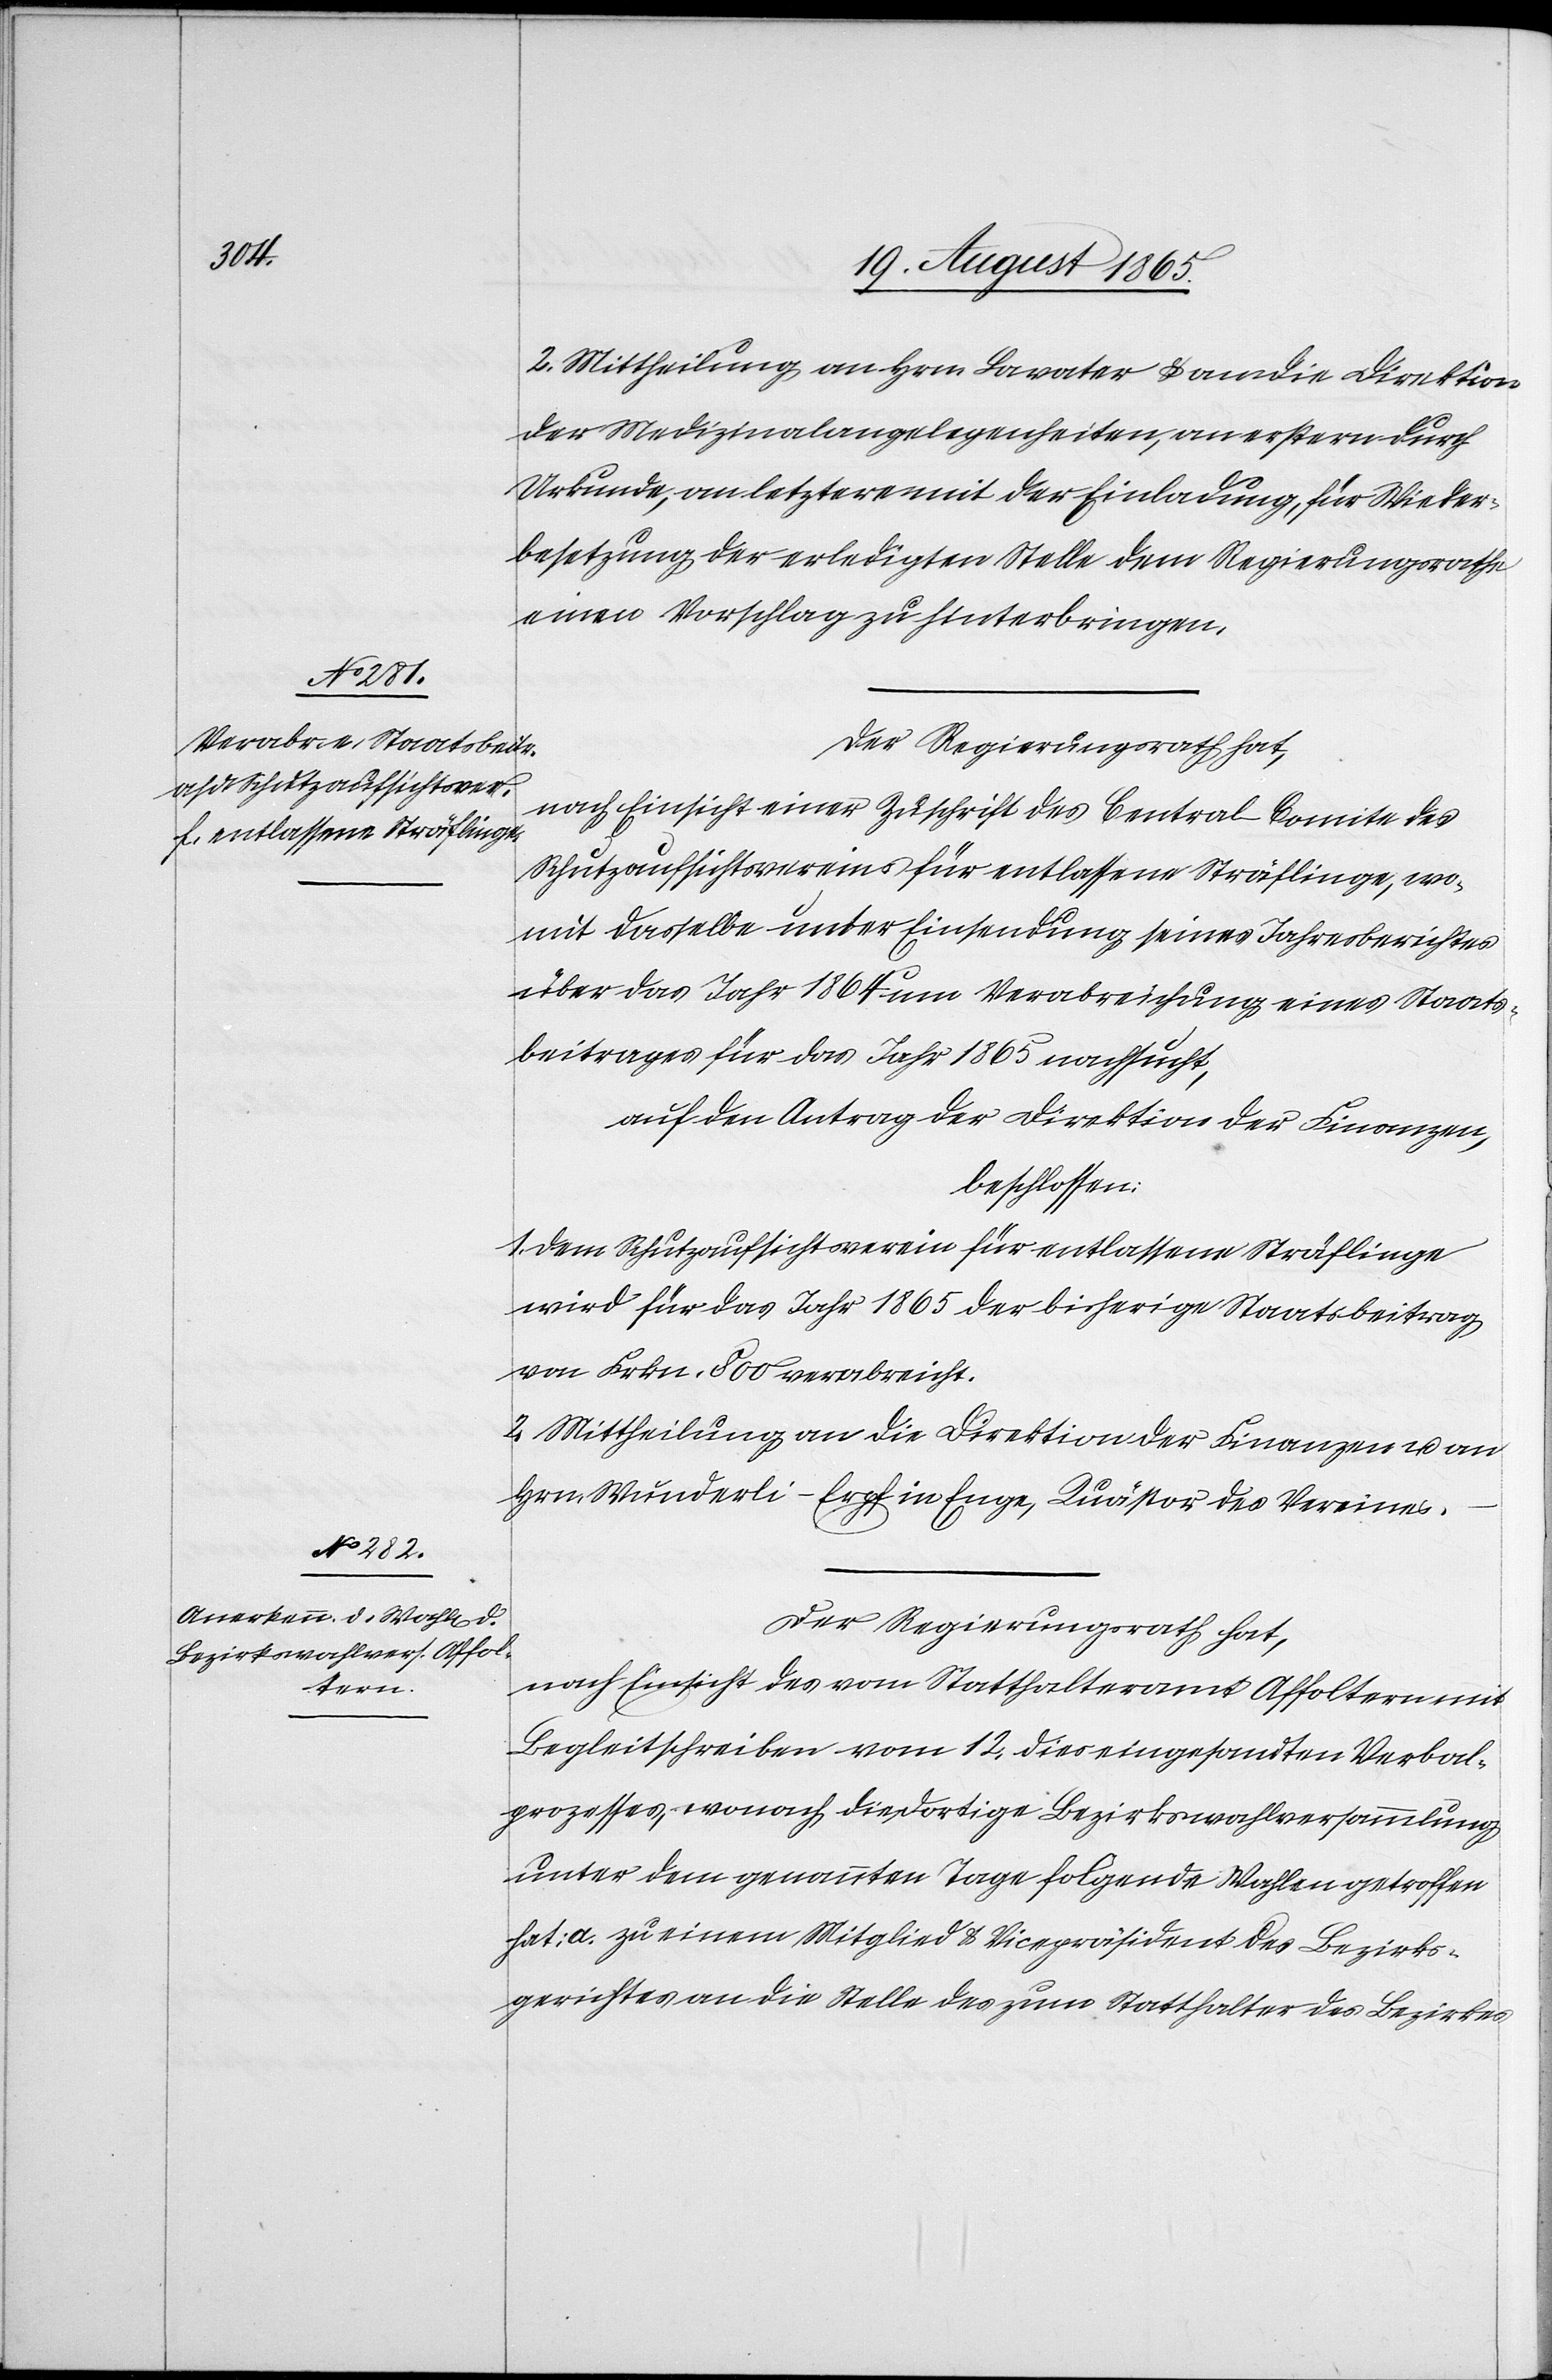
2. Mittheilung an Hrn. Lavater u. an die Direktion
der Medizinalangelegenheiten, an erstern durch
Urkunde, an letztere mit der Einladung, für Wieder¬
besetzung der erledigten Stelle dem Regierungsrathe
einen Vorschlag zu hinterbringen.
nach Einsicht einer Zuschrift des Central-Comite des
Schutzaufsichtsvereins für entlassene Sträflinge, wo¬
mit dasselbe unter Einsendung seines Jahresberichtes
über das Jahr 1864 um Verabreichung eines Staats¬
beitrages für das Jahr 1865 nachsucht,
auf den Antrag der Direktion der Finanzen,
beschlossen:
1. Dem Schutzaufsichtsverein für entlassene Sträflinge
wird für das Jahr 1865 der bisherige Staatsbeitrag
von Frkn. 800 verabreicht.
2. Mittheilung an die Direktion der Finanzen u. an
Hrn. Wunderli-Erpf in Enge, Quästor des Vereines.
Der Regierungsrath hat,
nach Einsicht des vom Statthalteramt Affoltern mit
Begleitschreiben vom 12. dies eingesandten Verbal¬
prozesses, wonach die dortige Bezirkswahlversammlung
unter dem genannten Tage folgende Wahlen getroffen
hat: a. zu einem Mitglied u. Vicepräsident des Bezirks¬
gerichtes an die Stelle des zum Statthalter des Bezirkes